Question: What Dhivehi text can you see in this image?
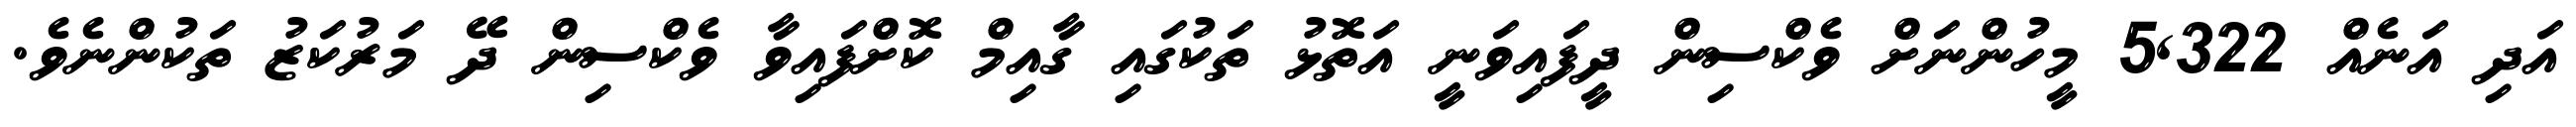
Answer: އަދި އަނެއް 5,322 މީހުންނަށް ވެކްސިން ދީފައިވަނީ އަތޮޅު ތަކުގައި ގާއިމް ކޮށްފައިވާ ވެކްސިން ދޭ މަރުކަޒު ތަކުންނެވެ.